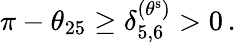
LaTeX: \pi-\theta_{25}\geq\delta_{5,6}^{(\theta^{\mathrm{s}})}>0\, .